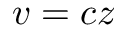
v = c z